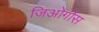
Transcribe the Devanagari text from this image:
जिओर्गोस